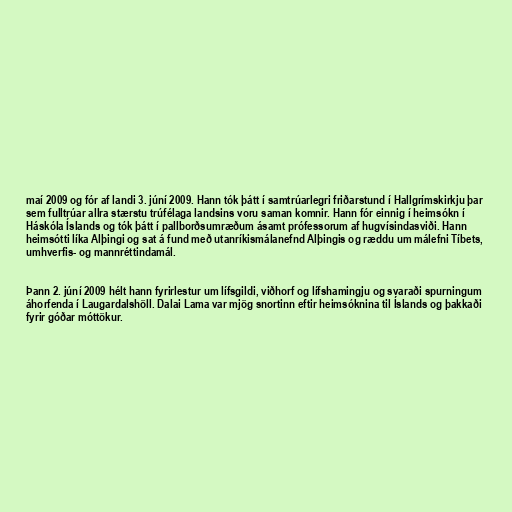
maí 2009 og fór af landi 3. júní 2009. Hann tók þátt í samtrúarlegri friðarstund í Hallgrímskirkju þar
sem fulltrúar allra stærstu trúfélaga landsins voru saman komnir. Hann fór einnig í heimsókn í
Háskóla Íslands og tók þátt í pallborðsumræðum ásamt prófessorum af hugvísindasviði. Hann
heimsótti líka Alþingi og sat á fund með utanríkismálanefnd Alþingis og ræddu um málefni Tíbets,
umhverfis- og mannréttindamál.

Þann 2. júní 2009 hélt hann fyrirlestur um lífsgildi, viðhorf og lífshamingju og svaraði spurningum
áhorfenda í Laugardalshöll. Dalai Lama var mjög snortinn eftir heimsóknina til Íslands og þakkaði
fyrir góðar móttökur.